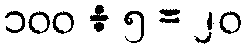
၁၀၀ ÷ ၅ = ၂၀